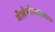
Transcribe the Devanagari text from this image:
मेलेनोजाइलान